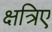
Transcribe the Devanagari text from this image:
क्षत्रिए